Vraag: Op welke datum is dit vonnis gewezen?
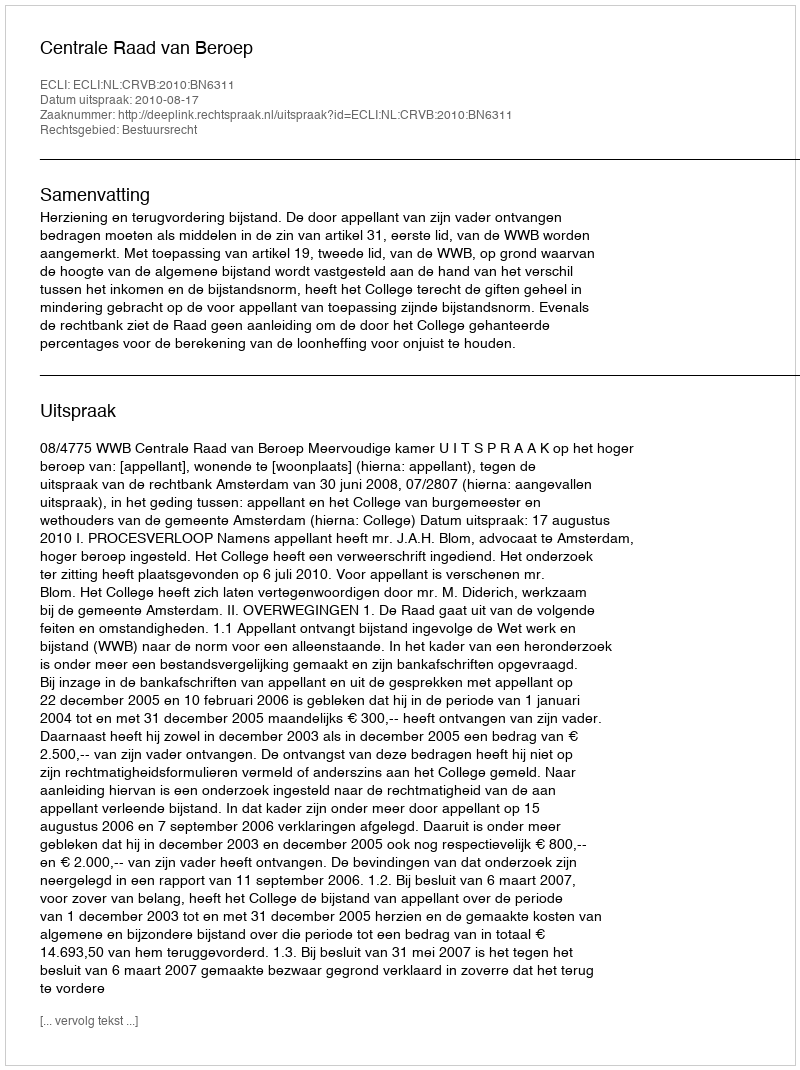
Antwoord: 2010-08-17